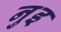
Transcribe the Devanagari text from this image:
नुइ